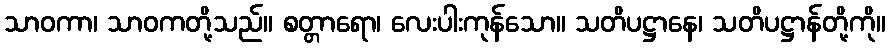
သာဝကာ၊ သာဝကတို့သည်။ စတ္တာရော၊ လေးပါးကုန်သော။ သတိပဋ္ဌာနေ၊ သတိပဋ္ဌာန်တို့ကို။